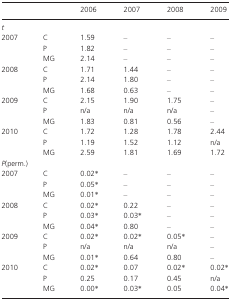
<table><thead><tr><td></td><td></td><td><b>2006</b></td><td><b>2007</b></td><td><b>2008</b></td><td><b>2009</b></td></tr></thead><tbody><tr><td colspan="6"><i>t</i></td></tr><tr><td rowspan="3">2007</td><td>C</td><td>1.59</td><td>–</td><td>–</td><td>–</td></tr><tr><td>P</td><td>1.82</td><td>–</td><td>–</td><td>–</td></tr><tr><td>MG</td><td>2.14</td><td>–</td><td>–</td><td>–</td></tr><tr><td rowspan="3">2008</td><td>C</td><td>1.71</td><td>1.44</td><td>–</td><td>–</td></tr><tr><td>P</td><td>2.14</td><td>1.80</td><td>–</td><td>–</td></tr><tr><td>MG</td><td>1.68</td><td>0.63</td><td>–</td><td>–</td></tr><tr><td rowspan="3">2009</td><td>C</td><td>2.15</td><td>1.90</td><td>1.75</td><td>–</td></tr><tr><td>P</td><td>n/a</td><td>n/a</td><td>n/a</td><td>–</td></tr><tr><td>MG</td><td>1.83</td><td>0.81</td><td>0.56</td><td>–</td></tr><tr><td rowspan="3">2010</td><td>C</td><td>1.72</td><td>1.28</td><td>1.78</td><td>2.44</td></tr><tr><td>P</td><td>1.19</td><td>1.52</td><td>1.12</td><td>n/a</td></tr><tr><td>MG</td><td>2.59</td><td>1.81</td><td>1.69</td><td>1.72</td></tr><tr><td colspan="6"><i>P</i>(perm.)</td></tr><tr><td rowspan="3">2007</td><td>C</td><td>0.02*</td><td>–</td><td>–</td><td>–</td></tr><tr><td>P</td><td>0.05*</td><td>–</td><td>–</td><td>–</td></tr><tr><td>MG</td><td>0.01*</td><td>–</td><td>–</td><td>–</td></tr><tr><td rowspan="3">2008</td><td>C</td><td>0.02*</td><td>0.22</td><td>–</td><td>–</td></tr><tr><td>P</td><td>0.03*</td><td>0.03*</td><td>–</td><td>–</td></tr><tr><td>MG</td><td>0.04*</td><td>0.80</td><td>–</td><td>–</td></tr><tr><td rowspan="3">2009</td><td>C</td><td>0.02*</td><td>0.02*</td><td>0.05*</td><td>–</td></tr><tr><td>P</td><td>n/a</td><td>n/a</td><td>n/a</td><td>–</td></tr><tr><td>MG</td><td>0.01*</td><td>0.64</td><td>0.80</td><td>–</td></tr><tr><td rowspan="3">2010</td><td>C</td><td>0.02*</td><td>0.07</td><td>0.02*</td><td>0.02*</td></tr><tr><td>P</td><td>0.25</td><td>0.17</td><td>0.45</td><td>n/a</td></tr><tr><td>MG</td><td>0.00*</td><td>0.03*</td><td>0.05</td><td>0.04*</td></tr></tbody></table>